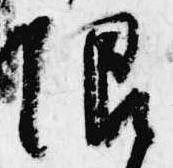
限